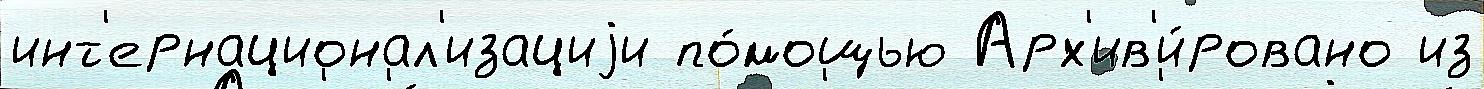
инт'ернационал'изациjи по́мощью Арх'ив'и́ровано из